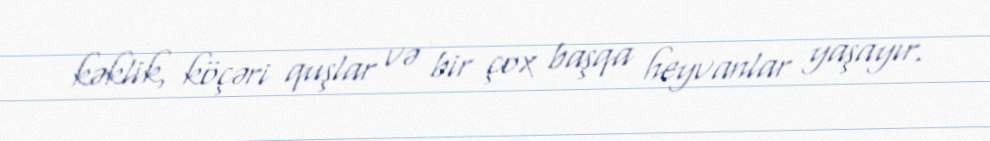
kəklik, köçəri quşlar və bir çox başqa heyvanlar yaşayır.